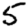
Digit: 5